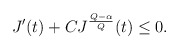
\begin{align*} \begin{aligned} J'(t)+C J^{\frac{Q-\alpha}{Q}}(t)\leq 0. \\ \end{aligned} \end{align*}